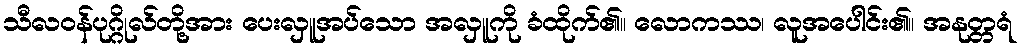
သီလဝန်ပုဂ္ဂိုလ်တို့အား ပေးလှူအပ်သော အလှူကို ခံထိုက်၏။ လောကဿ၊ လူအပေါင်း၏။ အနုတ္တရံ